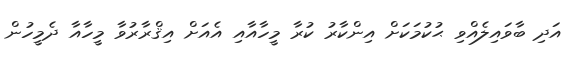
އަދި ބާވައިލެއްވި ޙުކުމަކަށް އިންކާރު ކުރާ މީހާއާއި އެއަށް އިޤްރާރުވާ މީހާއާ ދެމީހުން